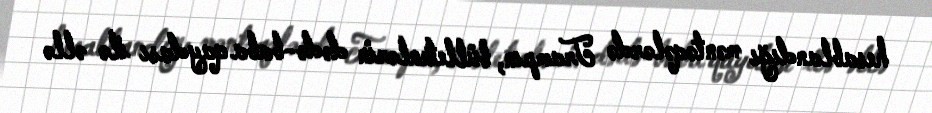
hesablandığı məntəqələrdə Trampın, bülletenlərin dədə-baba qaydası ilə əllə